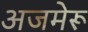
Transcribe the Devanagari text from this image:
अजमेरू